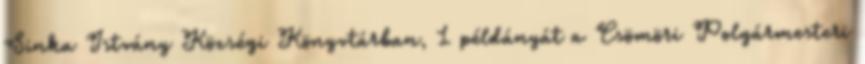
Sinka Istvány Községi Könyvtárban, 1 példányát a Csömöri Polgármesteri